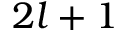
2 l + 1